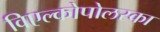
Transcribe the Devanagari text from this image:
विएल्कोपोलस्का